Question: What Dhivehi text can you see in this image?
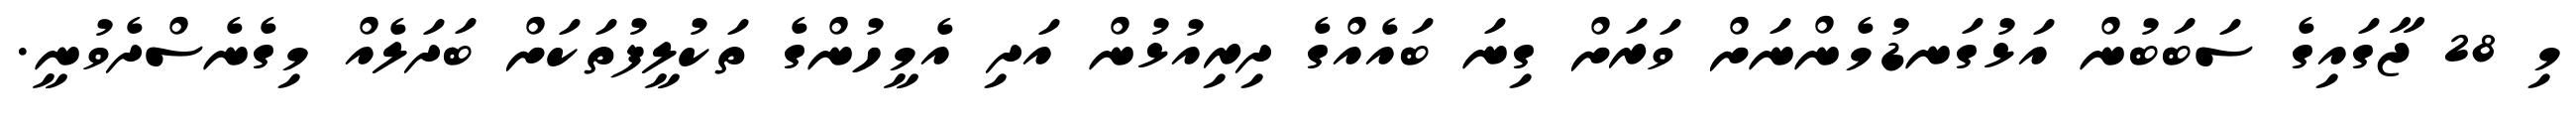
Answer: މި 28 ޖާގައިގެ ސަބަބުން އަޅުގަނޑުމެންނަށް ވަރަށް ގިނަ ބައެއްގެ ދިރިއުޅުން އަދި އެމީހުންގެ ތަކުލީފުތަކަށް ބަދަލެއް މިގެނެސްދެވުނީ.